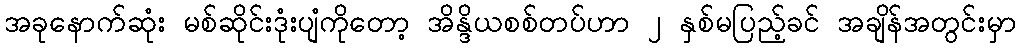
အခုနောက်ဆုံး မစ်ဆိုင်းဒုံးပျံကိုတော့ အိန္ဒိယစစ်တပ်ဟာ ၂ နှစ်မပြည့်ခင် အချိန်အတွင်းမှာ